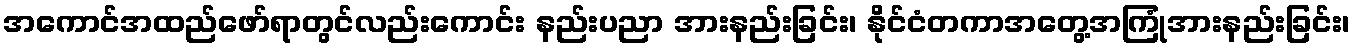
အကောင်အထည်ဖော်ရာတွင်လည်းကောင်း နည်းပညာ အားနည်းခြင်း၊ နိုင်ငံတကာအတွေ့အကြုံအားနည်းခြင်း၊